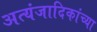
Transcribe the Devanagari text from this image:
अत्यंजादिकांच्या